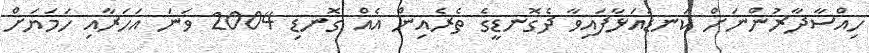
ހިއްސާދާރުންނަށް ކަނޑައަޅާފައިވާ ދެގޮނޑީގެ ތެރެއިން އެއް ގޮނޑި 2004 ވަނަ އަހަރާއި ހަމަޔަށް